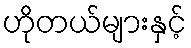
ဟိုတယ်များနှင့်